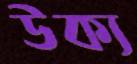
উক্য